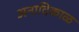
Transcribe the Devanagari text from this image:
अनादिकाळ